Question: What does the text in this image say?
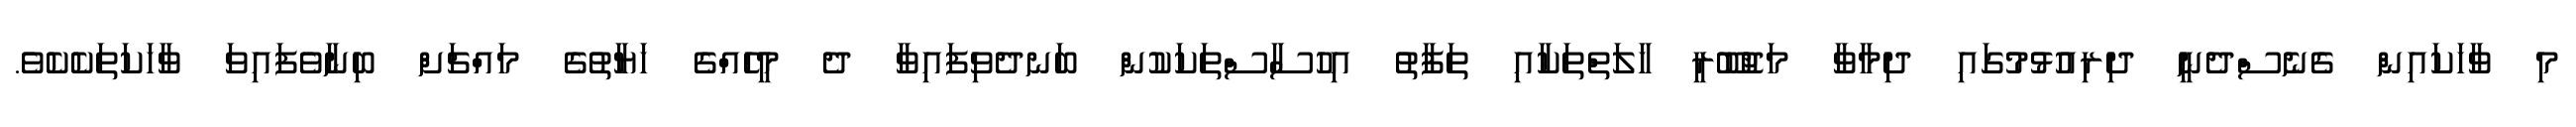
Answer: މި ވާހަކައިން ގެނެސްދެނީ ދިރިއުޅުމުގައި ދިމާވާ މަޖުބޫރީ ހާލަތްތަކާއި ތަފާތު އިހުސާސްތަކަކުން ބަނދެވިފައިވާ ދެ މީހެއްގެ ހަޔާތުގެ މައްޗަށް ބިނާވެފައިވަ ވާހަކަތަކެކެވެ.